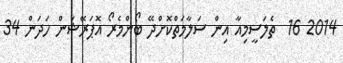
2014 16  ތެލަސީމިއާ އިން ސަލާމަތްކޮށްދޭ ބޯންމެރޯ އޮޕަރޭޝަން ހަދަން 34